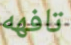
تافهه